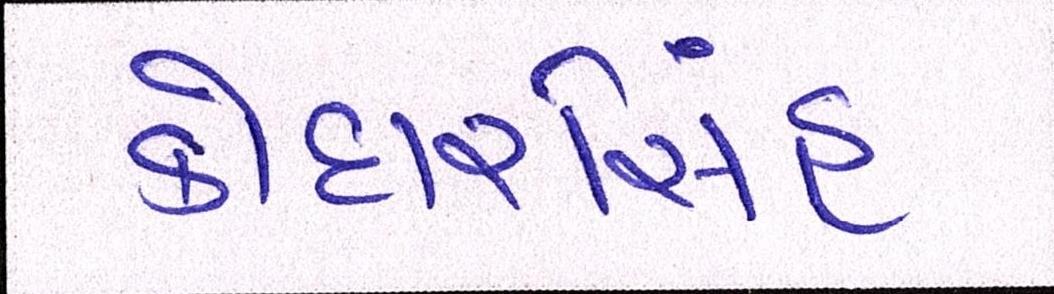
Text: કોદારસિંહ